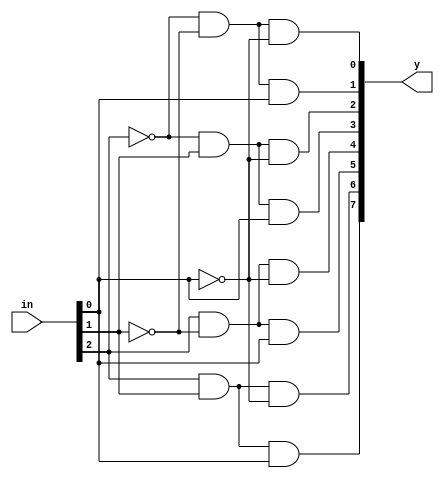
`timescale 1ns / 1ps

module decoder_3to8(in,y);
input [2:0] in;
output [7:0] y;

  wire w0,w1,w2;

  not g1(w0,in[0]);
  not g2(w1,in[1]);
  not g3(w2,in[2]);

  and g4(y[0],w2,w1,w0);
  and g5(y[1],w2,w1,in[0]);
  and g6(y[2],w2,in[1],w0);
  and g7(y[3],w2,in[1],in[0]);
  and g8(y[4],in[2],w1,w0);
  and g9(y[5],in[2],w1,in[0]);
  and g10(y[6],in[2],in[1],w0);
  and g11(y[7],in[2],in[1],in[0]);

endmodule